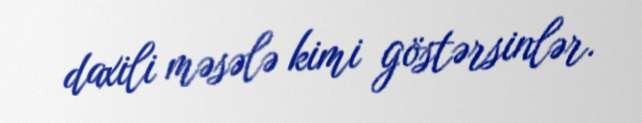
daxili məsələ kimi göstərsinlər.